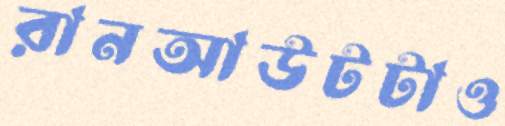
রানআউটটাও